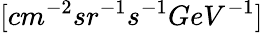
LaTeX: [cm^{-2}sr^{-1}s^{-1}GeV^{-1}]